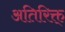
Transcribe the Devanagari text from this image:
अतिरिक्त्